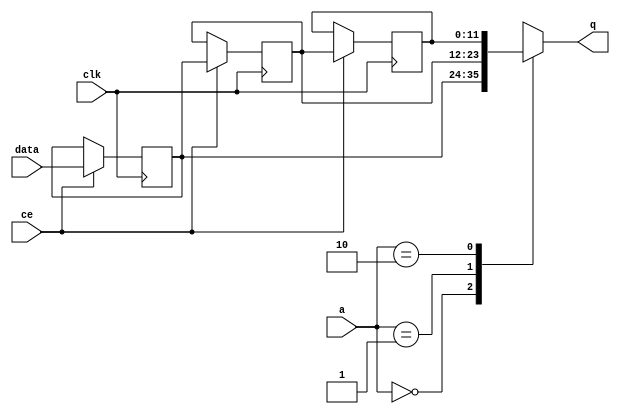
module FIFO_image_filter_gray_rows_V_shiftReg (
    clk,
    data,
    ce,
    a,
    q);
parameter DATA_WIDTH = 32'd12;
parameter ADDR_WIDTH = 32'd2;
parameter DEPTH = 32'd3;
input clk;
input [DATA_WIDTH-1:0] data;
input ce;
input [ADDR_WIDTH-1:0] a;
output [DATA_WIDTH-1:0] q;
reg[DATA_WIDTH-1:0] SRL_SIG [0:DEPTH-1];
integer i;
always @ (posedge clk)
    begin
        if (ce)
        begin
            for (i=0;i<DEPTH-1;i=i+1)
                SRL_SIG[i+1] <= SRL_SIG[i];
            SRL_SIG[0] <= data;
        end
    end
assign q = SRL_SIG[a];
endmodule